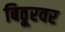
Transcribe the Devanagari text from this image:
बिठूरवर